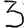
Digit: 3